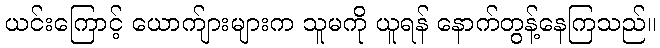
ယင်းကြောင့် ယောက်ျားများက သူမကို ယူရန် နောက်တွန့်နေကြသည်။